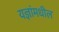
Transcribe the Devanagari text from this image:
यज्ञांमधील